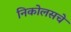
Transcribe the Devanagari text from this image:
निकोलसचे